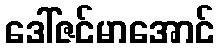
ဒေါ်ဇင်မာအောင်